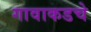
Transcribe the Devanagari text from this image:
गावाकडचे